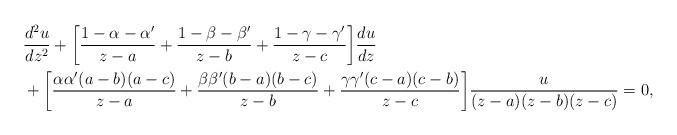
LaTeX: \begin{align*}&\frac{d^2u}{dz^2}+\bigg[\frac{1-\alpha-\alpha'}{z-a}+\frac{1-\beta-\beta'}{z-b} + \frac{1-\gamma-\gamma'}{z-c}\bigg]\frac{du}{dz}\\& + \bigg[\frac{\alpha\alpha'(a-b)(a-c)}{z-a}+\frac{\beta\beta'(b-a)(b-c)}{z-b}+\frac{\gamma\gamma'(c-a)(c-b)}{z-c}\bigg]\frac{u}{(z-a)(z-b)(z-c)}=0,\end{align*}